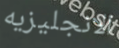
الانجليزيه